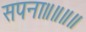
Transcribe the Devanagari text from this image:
सपना॥॥॥॥